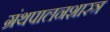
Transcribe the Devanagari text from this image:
ग्रंथपालनशास्त्र